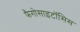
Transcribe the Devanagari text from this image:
फैगोसाइटॉसिस